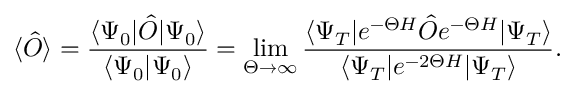
\langle \hat { O } \rangle = \frac { \langle \Psi _ { 0 } \vert \hat { O } \vert \Psi _ { 0 } \rangle } { \langle \Psi _ { 0 } \vert \Psi _ { 0 } \rangle } = \operatorname* { l i m } _ { \Theta \to \infty } \frac { \langle \Psi _ { T } \vert e ^ { - \Theta H } \hat { O } e ^ { - \Theta H } \vert \Psi _ { T } \rangle } { \langle \Psi _ { T } \vert e ^ { - 2 \Theta H } \vert \Psi _ { T } \rangle } .